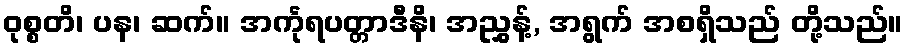
ဝုစ္စတိ၊ ပန၊ ဆက်။ အင်္ကုရပတ္တာဒီနိ၊ အညွှန့်, အရွက် အစရှိသည် တို့သည်။